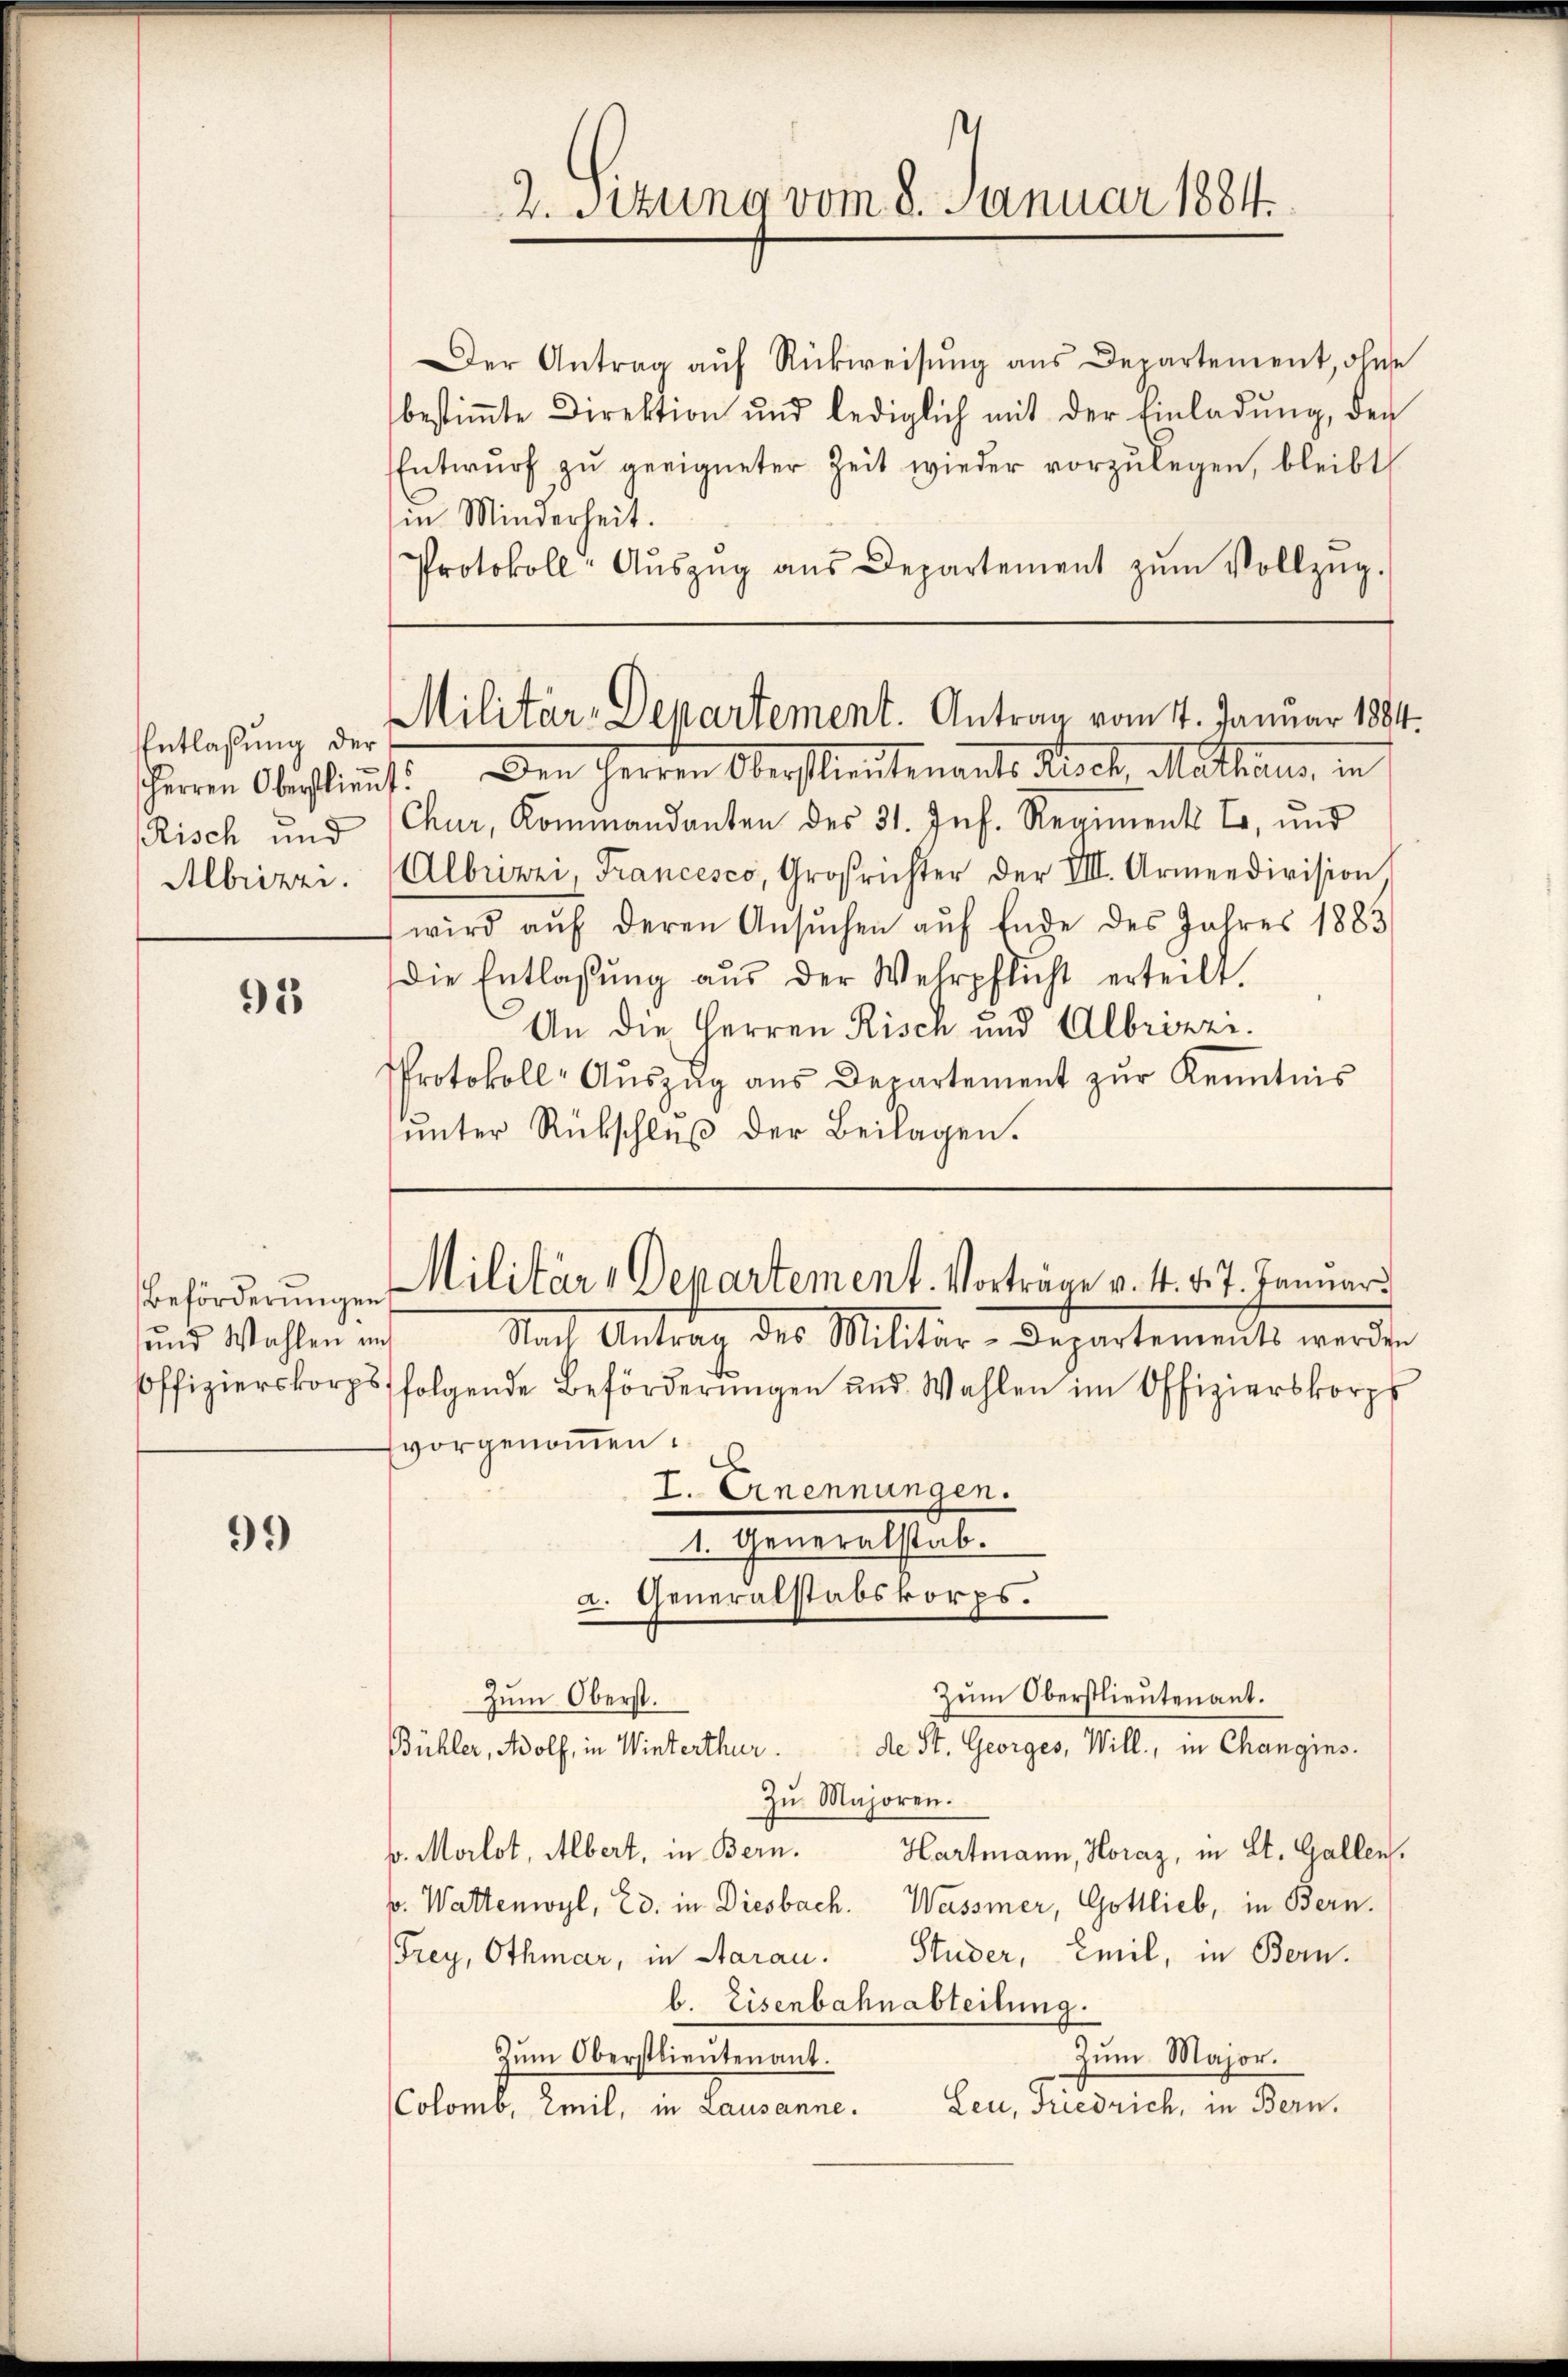
Entlaßung der
Risch und
Albrizzi.

95

und Wahlen auf

99

2. Sitzung vom 8. Januar 1884.

Der Antrag aŭf Rückweisŭng ans Departement, ohne
bestiṁte Direktion und lediglich mit der Einladŭng, den
Entwŭrf zŭ geeigneter Zeit wieder vorzŭlegen, bleibt
in Minderheit.
Protokoll-Aŭszŭg aŭs Departement zŭm Vollzŭg.

sherren Obechlimmst. Den Herren Oberstlieutenants Risch, Mathaus, in
Chur, Kominandanten des 31. Inf. Regiment E, ŭnd
Albrizzi, Francesco, Großrichter der VII. Armeedivision
wird aŭf deren Ansŭchen aŭf Ende des Jahres 1883
die Entlassŭng aŭs der Wehrpflicht erteilt.
An die Herren Risch und Albrizzi.
Protokoll-Aŭszŭg aŭs Departement zŭr Kenntnis
unter Rückschluß der Beilagen.

Militär-Departement. Antrag vom 4. Januar 1884.

Beförderungen Militär-Departement. Vorträge v. 4. v. 7. Januar

Zum Oberstlieutenant.

Nach Antrag des Militär-Departements werden
soffizierskorps folgende Beförderŭngen und Wahlen im Offizierskorps
vorgenommen.
I. Ernennungen.
1. Generalstab.
a. Generalstabskorps.
Zum Oberst.
de St. Georges, Will, in Changins.
Bühler, Adolf, in Winterthur.
Zu Majoren.
v. Morlot, Albert, in Bern. Hartmann, Horaz, in St. Gallen.
p. Wattenwyl, Ed. in Diesbach. Wassmer, Gottlieb, in Bern.
Frey, Othmar, in Aarau. Studer, Emil, in Bern.
b. Eisenbahnabteilung.
Zŭm Oberstlieutenant.
Zum Major.
Leu, Friedrich, in Bern.
Colomb. Emil, in Lausanne.